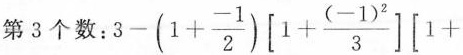
第3个数:$$3-(1+ \frac{-1}{2})\left[ 1+ \frac{(-1)^{2}}{3}\right] \left[ 1+$$